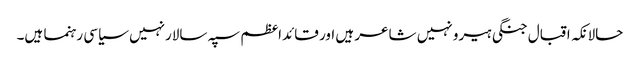
حالانکہ اقبال جنگی ہیرو نہیں شاعر ہیں اور قائداعظم سپہ سالارنہیں سیاسی رہنما ہیں۔